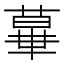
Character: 𦸩